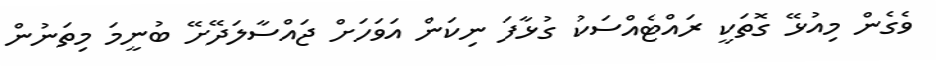
ވެގެން މިއުޅޭ ގޮތަކީ ރައްޓެއްސަކު ގުޅާފަ ނިކަން އަވަހަށް ޖައްސާލަދޭށޭ ބުނީމަ މިތަނުން